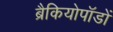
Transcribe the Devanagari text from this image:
ब्रैकियोपॉडों